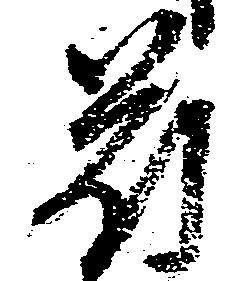
苻